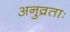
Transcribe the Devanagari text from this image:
अनुव्रताः